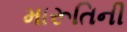
મારૂતિની